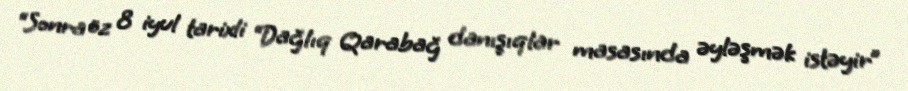
“Sonra öz 8 iyul tarixli “Dağlıq Qarabağ danışıqlar masasında əyləşmək istəyir”